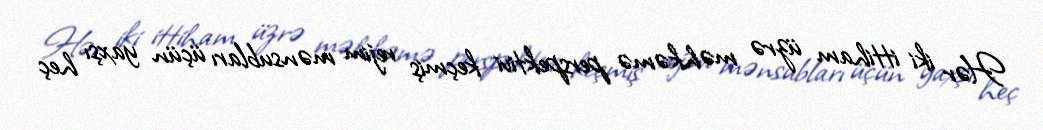
Hər iki ittiham üzrə məhkəmə perspektivi keçmiş rejim mənsubları üçün yaxşı heç